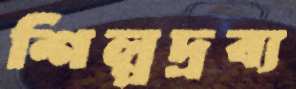
শিল্পদ্রব্য